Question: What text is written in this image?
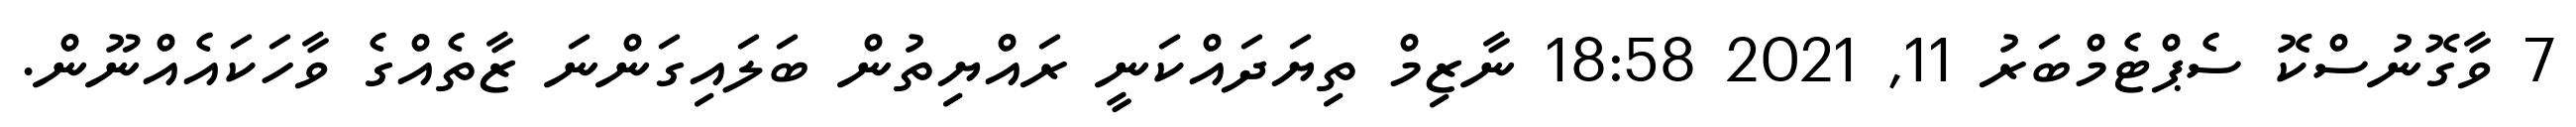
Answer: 7 ވާގޮނުސްކޮ ސެޕްޓެމްބަރު 11, 2021 18:58 ނާޒިމް ތިޔަދައްކަނީ ރައްޔިތުން ބަލައިގަންނަ ޒާތެއްގެ ވާހަކައެއްނޫން.